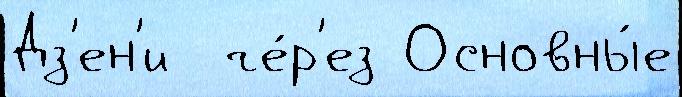
Дз'ен'и  че́р'ез Основны́е